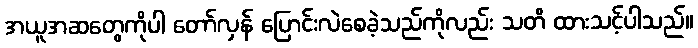
အယူအဆတွေကိုပါ တော်လှန် ပြောင်းလဲစေခဲ့သည်ကိုလည်း သတိ ထားသင့်ပါသည်။